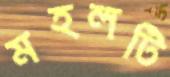
মহলটি